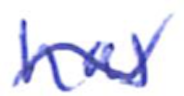
Text: has
Cross-out: wave
Writing tool: ballpoint